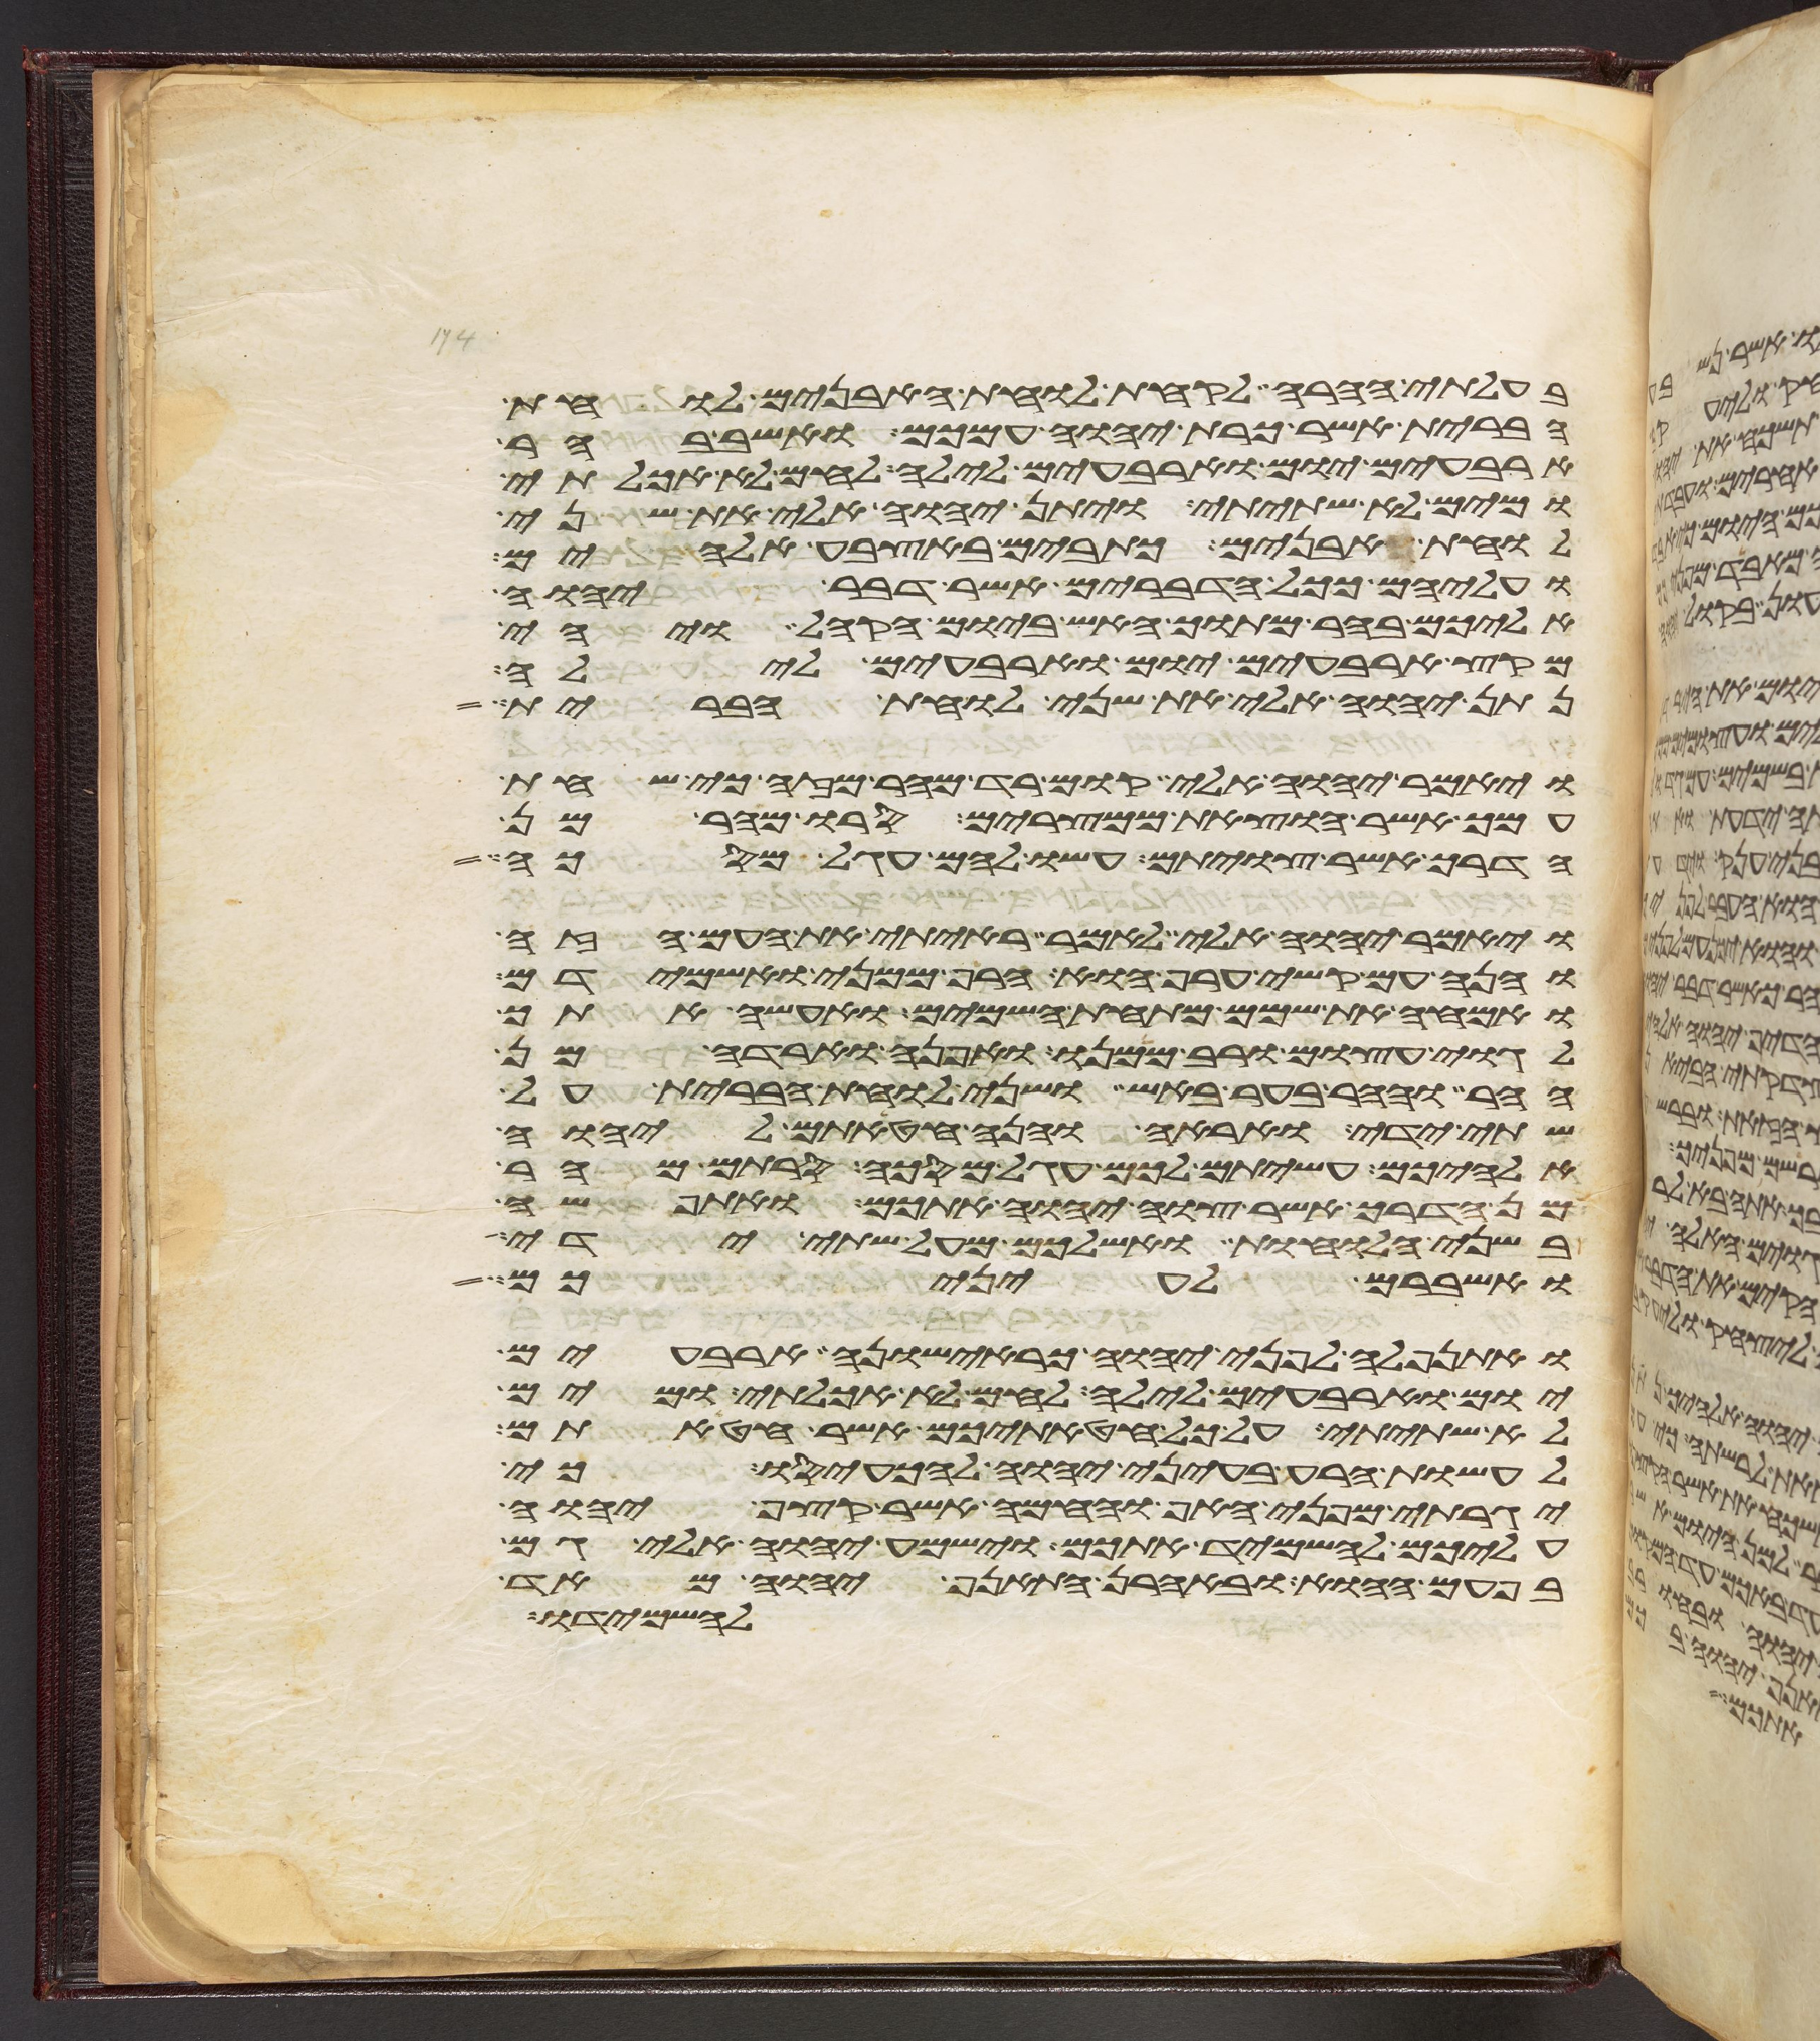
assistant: בעלותי ההרה לקחת לוחות האבנים לוחת
הברית אשר כרת יהוה עמכם ואשב בהר
ארבעים יום וארבעים לילה לחם לא אכלתי
ומים לא שתיתי ויתן יהוה אלי את שני
לוחת אבנים כתובים באצבע אלהים
ועליהם ככל הדברים אשר דבר יהוה
אליכם בהר מתוך האש ביום הקהל ויהי
מקץ ארבעים יום וארבעים לילה
נתן יהוה אלי את שני לוחת הברית
ויאמר יהוה אלי קום רד מהר מזה כי שחת
עמך אשר הוצאת ממצרים סרו מהר מן
הדרך אשר צויתם עשו להם עגל מסכה
ויאמר יהוה אלי לאמר ראיתי את העם הזה
והנה עם קשה ערף הוא הרף ממני ואשמידם
ואמחה את שמם מתחת השמים ואעשה אתך
לגוי עצום ורב ממנו ואפנה וארדה מן
ההר וההר בער באש ושני לוחת הברית על
שתי ידי ואראה והנה חטאתם ליהוה
אלהיכם עשיתם לכם עגל מסכה סרתם מהר
מן הדרך אשר צוה יהוה אתכם ואתפשה
בשני הלוחות ואשליכם מעל שתי ידי
ואשברם לעיניכם
ואתנפלה לפני יהוה כראישונה ארבעים
יום וארבעים לילה לחם לא אכלתי ומים
לא שתיתי על כל חטאתיכם אשר חטאתם
לעשות הרע בעיני יהוה להכעיסו כי
יגרתי מפני האף והחמה אשר קצף יהוה
עליכם להשמיד אתכם וישמע יהוה אלי גם
בפעם ההוא ובאהרן התאנף יהוה מאד
להשמידו